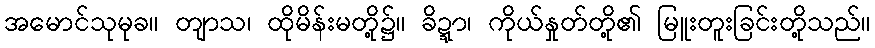
အမောင်သုမုခ။ တျာသ၊ ထိုမိန်းမတို့၌။ ခိဍ္ဍာ၊ ကိုယ်နှုတ်တို့၏ မြူးတူးခြင်းတို့သည်။